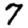
Digit: 7